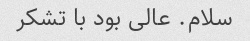
سلام. عالی بود با تشکر